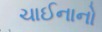
ચાઈનાનો